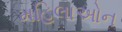
મહિલાઓન